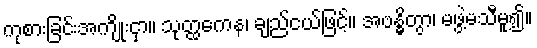
ကုစားခြင်းအကျိုးငှာ။ သုတ္ထကေန၊ ချည်ငယ်ဖြင့်။ အဗန္ဓိတွာ၊ မဖွဲ့မသီမူ၍။